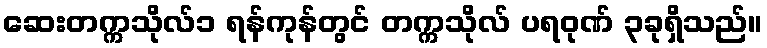
ဆေးတက္ကသိုလ်၁ ရန်ကုန်တွင် တက္ကသိုလ် ပရဝုဏ် ၃ခုရှိသည်။